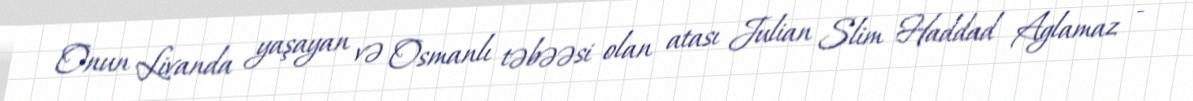
Onun Livanda yaşayan və Osmanlı təbəəsi olan atası Julian Slim Haddad Aglamaz -